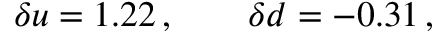
\delta u = 1 . 2 2 \, , \qquad \delta d = - 0 . 3 1 \, ,